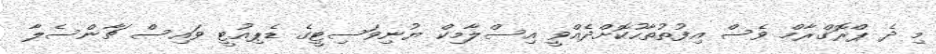
މި ދެ ޕްރޮގްރާމް ވެސް އިފުތުތާހުކޮށްދެއްވީ އިސްލާމިކް ޔުނިވަސިޓީގެ ޑެޕިއުޓީ ވައިސް ޗާންސެލާ